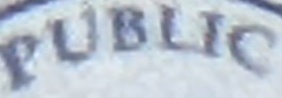
PUBLIC